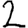
Digit: 2